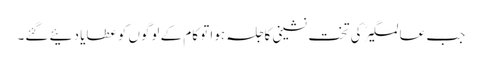
جب عالمگیرؒ کی تخت نشینی کاجلسہ ہوا تو کام کے لوگوں کو عطایا دئیے گئے۔